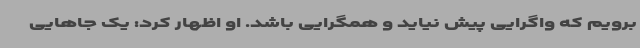
برویم که واگرایی پیش نیاید و همگرایی باشد. او اظهار کرد: یک جاهایی